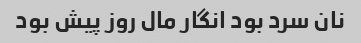
نان سرد بود انگار مال روز پیش بود